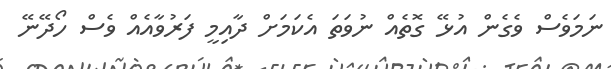
ނަމަވެސް ވެގެން އުޅޭ ގޮތެއް ނުވަތަ އެކަމަށް ދާއިމީ ފަރުވާއެއް ވެސް ހޯދޭނޭ